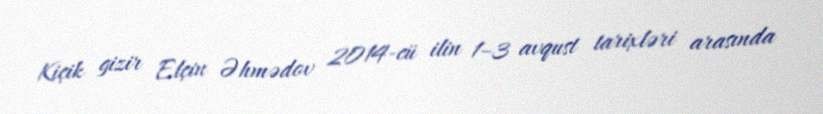
Kiçik gizir Elçin Əhmədov 2014-cü ilin 1–3 avqust tarixləri arasında